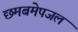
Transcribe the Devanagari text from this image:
छमबमेपजल